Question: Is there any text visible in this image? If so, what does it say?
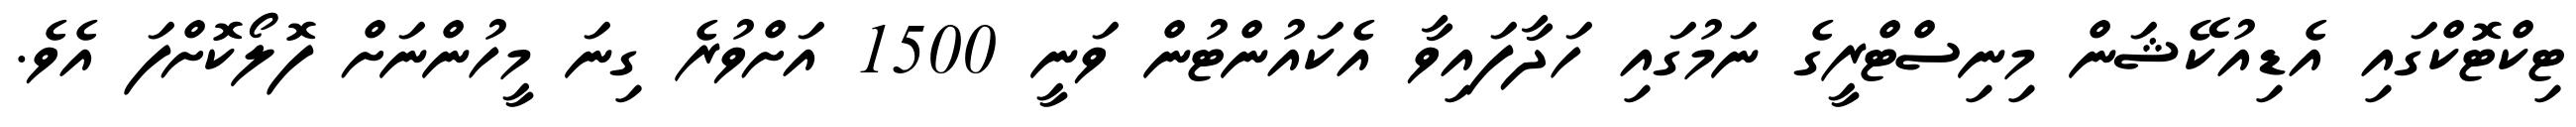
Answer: ޓިކްޓޮކްގައި އެޑިއުކޭޝަން މިނިސްޓްރީގެ ނަމުގައި ހަދާފައިވާ އެކައުންޓުން ވަނީ 1500 އަށްވުރެ ގިނަ މީހުންނަށް ފޮލޯކޮށްފަ އެވެ.